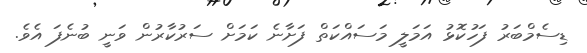
ޑިސެމްބަރު ފަހުކޮޅު އަމަލީ މަސައްކަތް ފަށާނެ ކަމަށް ސަރުކާރުން ވަނީ ބުނެފަ އެވެ.